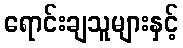
ရောင်းချသူများနှင့်